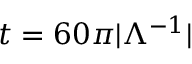
t = 6 0 \pi | \Lambda ^ { - 1 } |